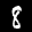
Label: 8